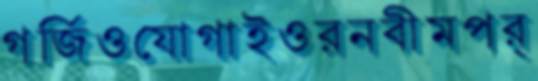
গর্জিওযোগাইওরনবীমপর্